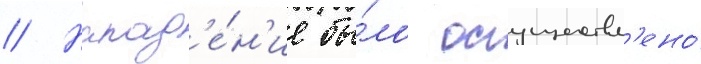
// Напад'е́н'ие бы́ло осуществл'ено́